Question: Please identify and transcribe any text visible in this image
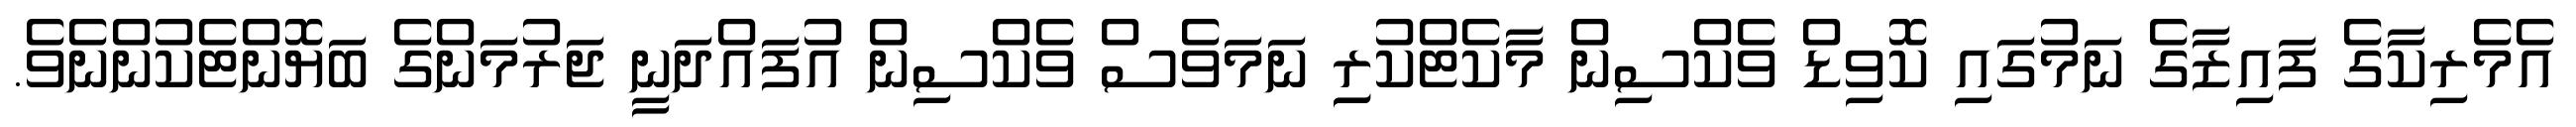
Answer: އެމެރިކާގެ ފައިޒާގެ ނަމުގައި ކޮވިޑް ވެކްސިން މާކެޓްކުރިި ނަމަވެސް ވެކްސިން އުފައްދަނީ ޖަރުމަންގެ ބަޔޮންޓެކުންނެވެ.